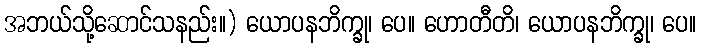
အဘယ်သို့ဆောင်သနည်း။) ယောပနဘိက္ခု၊ ပေ။ ဟောတီတိ၊ ယောပနဘိက္ခု၊ ပေ။